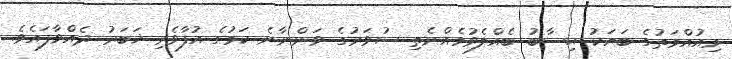
މިއުއްމަތުގެ ބަޔަކު ޙިސާބު ބެއްލެވުމެއްނެތި ސުވަރުގެ ވަންނާނެ ކަމުގެ އުފާވެރި ޚަބަރު ދެއްވާފައެވެ.